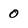
Character: 0